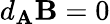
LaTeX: d_{\mathbf{A}}\mathbf{B}=0